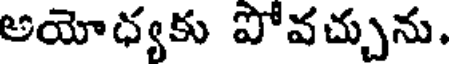
అయోధ్యకు పోవచ్చును.